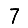
Digit: 7